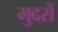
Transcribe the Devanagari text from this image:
मुदरों